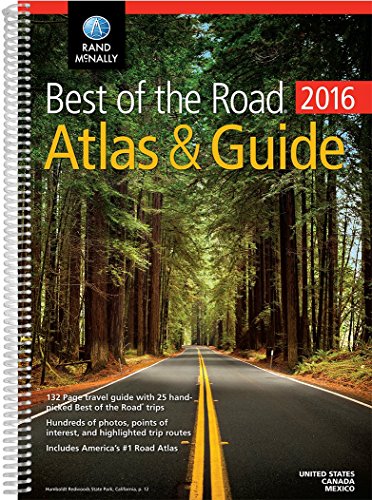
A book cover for Rand McNally 2016 Best of the Road Atlas & Guide NEW!; Rand McNally; Reference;